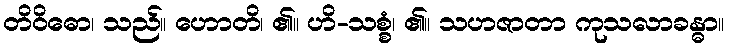
တိဝိဓော၊ သည်။ ဟောတိ၊ ၏။ ဟိ-သစ္စံ၊ ၏။ သဟဇာတာ ကုသလာခန္ဓာ။